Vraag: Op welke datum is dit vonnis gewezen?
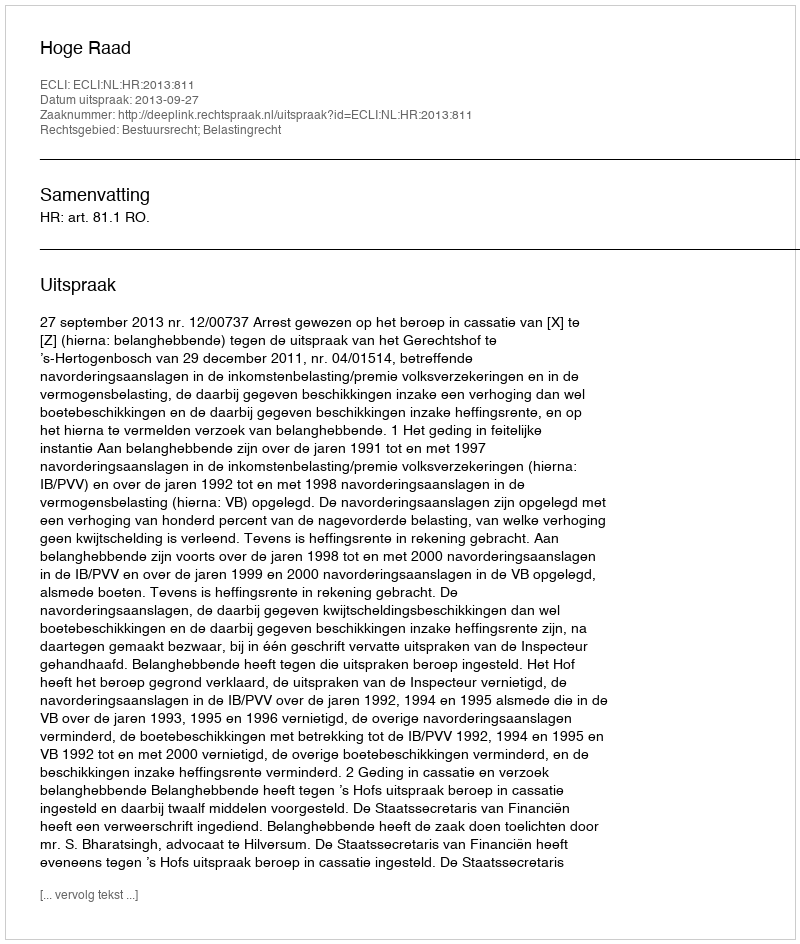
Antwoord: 2013-09-27